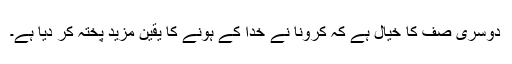
دوسری صف کا خیال ہے کہ کرونا نے خدا کے ہونے کا یقین مزید پختہ کر دیا ہے۔